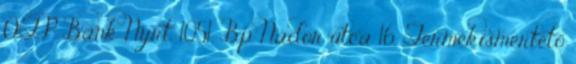
OTP Bank Nyrt. 1051. Bp Nádor utca 16. Termékismertető